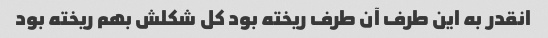
انقدر به این طرف آن طرف ریخته بود کل شکلش بهم ریخته بود